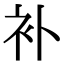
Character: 补